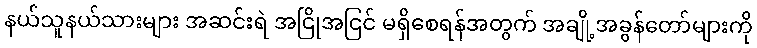
နယ်သူနယ်သားများ အဆင်းရဲ အငြိုအငြင် မရှိစေရန်အတွက် အချို့အခွန်တော်များကို